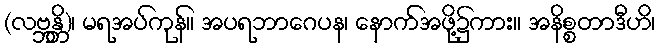
(လဗ္ဘန္တိ)၊ မရအပ်ကုန်။ အပရဘာဂေပန၊ နောက်အဖို့၌ကား။ အနိစ္စတာဒီဟိ၊